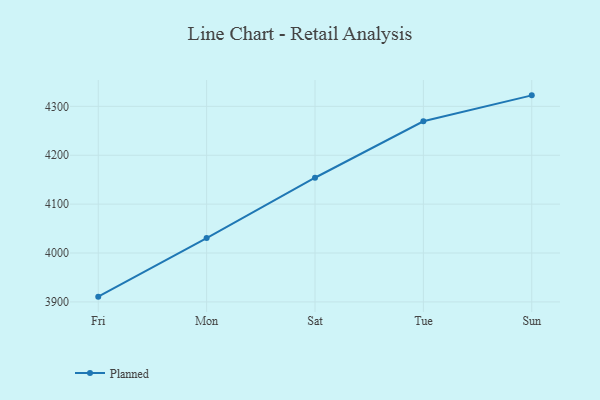
{"axis": {"x": "Day", "y": "Production Output"}, "legend": ["Planned"], "data": [{"x": "Fri", "y": 3910.8, "type": "Planned"}, {"x": "Mon", "y": 4030.7, "type": "Planned"}, {"x": "Sat", "y": 4154.0, "type": "Planned"}, {"x": "Tue", "y": 4269.4, "type": "Planned"}, {"x": "Sun", "y": 4322.5, "type": "Planned"}]}